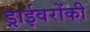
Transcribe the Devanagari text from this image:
ड्राईवरोंकी